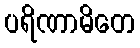
ပရိဏာမိတေ